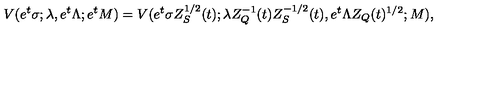
V ( e ^ { t } \sigma ; \lambda , e ^ { t } \Lambda ; e ^ { t } M ) = V ( e ^ { t } \sigma Z _ { S } ^ { 1 / 2 } ( t ) ; \lambda Z _ { Q } ^ { - 1 } ( t ) Z _ { S } ^ { - 1 / 2 } ( t ) , e ^ { t } \Lambda Z _ { Q } ( t ) ^ { 1 / 2 } ; M ) ,